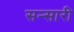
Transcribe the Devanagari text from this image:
सन्सारी